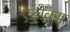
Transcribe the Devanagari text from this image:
एट्रोक्स